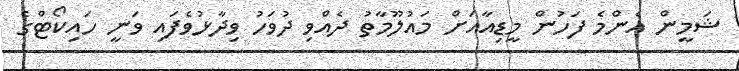
ޝަމީން އެންމެ ފަހުން މީޑިއާއަށް މައުލޫމާތު ދެއްވި ދުވަހު ވިދާޅުވެފައި ވަނީ ހައިކޯޓްގެ